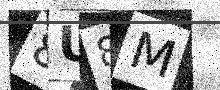
Text: 8U8M